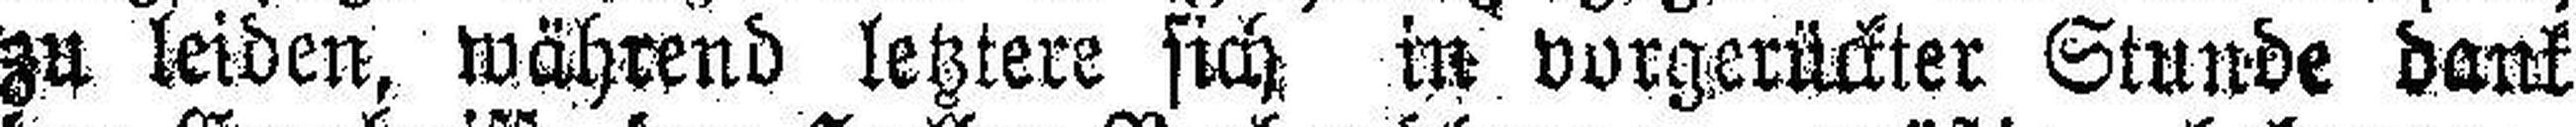
zu leiden, während letztere sich in vorgerückter Stunde dank